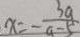
x = - \frac { 3 a } { a - 5 }